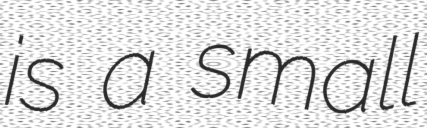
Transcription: is a small